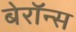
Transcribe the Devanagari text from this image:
बेरॉन्स